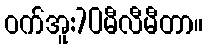
ဝက်အူ:70မီလီမီတာ။